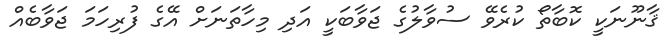
ޤާނޫނަކީ ކޮބާތޯ ކުރެވޭ ސުވާލުގެ ޖަވާބަކީ އަދި މިހާތަނަށް އޭގެ ފުރިހަމަ ޖަވާބެއް